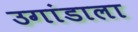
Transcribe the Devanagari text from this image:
उगांडाला